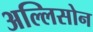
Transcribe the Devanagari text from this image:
अल्लिसोन